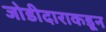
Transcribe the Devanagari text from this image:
जोडीदाराकडून